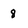
Character: 8